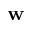
\mathbf { w }